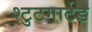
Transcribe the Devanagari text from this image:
श्टुटगार्टड